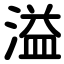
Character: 溢